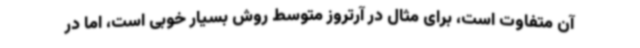
آن متفاوت است، برای مثال در آرتروز متوسط روش بسیار خوبی است، اما در